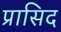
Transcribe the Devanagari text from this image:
प्रासिद